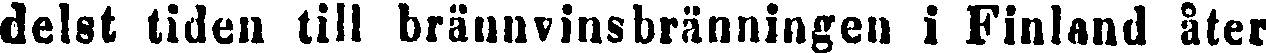
delst tiden till brännvinsbränningen i Finland åter